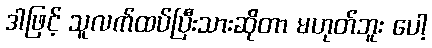
ဒါဖြင့် သူလက်ထပ်ပြီးသားဆိုတာ မဟုတ်ဘူး ပေါ့